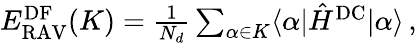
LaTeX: \begin{array}{r}{E_{\mathrm{RAV}}^{\mathrm{DF}}(K)=\frac{1}{N_{d}}\sum_{\alpha\in K}\langle\alpha|\hat{H}^{\mathrm{DC}}|\alpha\rangle\, ,}\end{array}